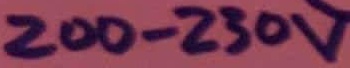
Text: 200-230V